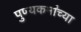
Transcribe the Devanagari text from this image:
पुण्यकर्मांच्या